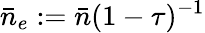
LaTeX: \bar{n}_{e}:=\bar{n}(1-\tau)^{-1}